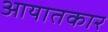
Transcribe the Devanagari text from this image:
आयातकार